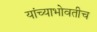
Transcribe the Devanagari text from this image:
यांच्याभोवतीच